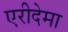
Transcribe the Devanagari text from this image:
एरीदेमा